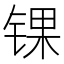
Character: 锞